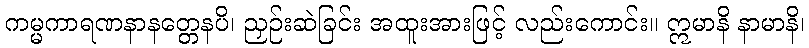
ကမ္မကာရဏနာနတ္တေနပိ၊ ညှဉ်းဆဲခြင်း အထူးအားဖြင့် လည်းကောင်း။ ဣမာနိ နာမာနိ၊